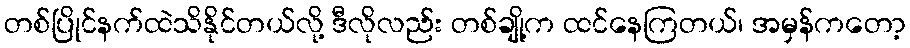
တစ်ပြိုင်နက်ထဲသိနိုင်တယ်လို့ ဒီလိုလည်း တစ်ချို့က ထင်နေကြတယ်၊ အမှန်ကတော့